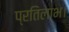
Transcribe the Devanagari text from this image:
प्रतिलाभ।